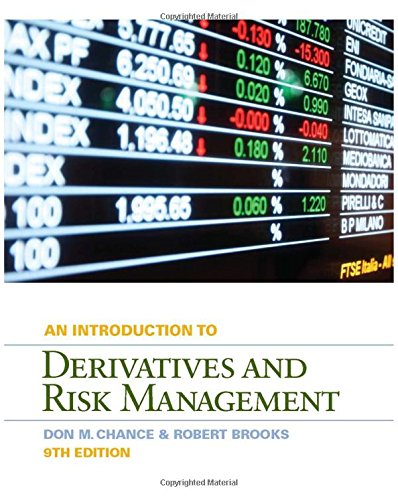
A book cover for Introduction to Derivatives and Risk Management (with Stock-Trak Coupon); Don M. Chance; Business & Money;